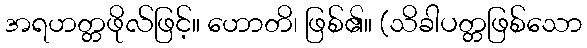
အရဟတ္တဖိုလ်ဖြင့်။ ဟောတိ၊ ဖြစ်၏။ (သိခါပတ္တဖြစ်သော